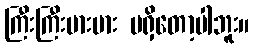
ကြီးကြီးမားမား မရှိတော့ပါဘူး။